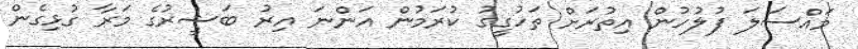
މައްސަލަ ފުލުހުން އިތުރަށް ތަހުގީގު ކުރަމުން އަންނަ އިރު ބަޝީރުގެ މަރާ ގުޅިގެން